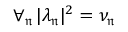
\forall _ { \mathfrak { n } } \, | \lambda _ { \mathfrak { n } } | ^ { 2 } = \nu _ { \mathfrak { n } }